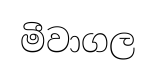
මීවාගල